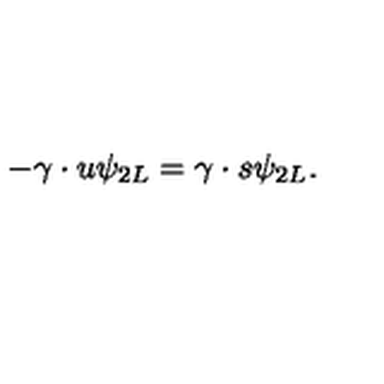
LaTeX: - \gamma \cdot u \psi _ { 2 L } = \gamma \cdot s \psi _ { 2 L } .